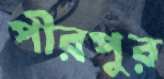
পীরপুর